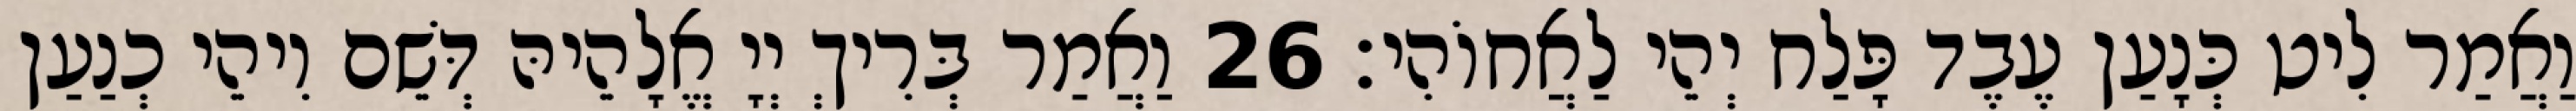
וַאֲמַר לִיט כְּנָעַן עֶבֶד פָּלַח יְהֵי לַאֲחוֹהִי׃ 26 וַאֲמַר בְּרִיךְ יְיָ אֱלָהֵיהּ דְּשֵׁם וִיהֵי כְנַעַן